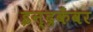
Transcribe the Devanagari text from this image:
इन्द्रकँवर